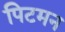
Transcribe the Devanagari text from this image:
पिटमन